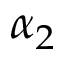
\alpha _ { 2 }